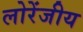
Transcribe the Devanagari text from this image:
लोरेंजीय